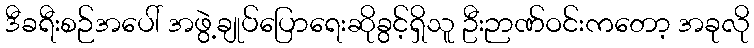
ဒီခရီးစဉ်အပေါ် အဖွဲ့ချုပ်ပြောရေးဆိုခွင့်ရှိသူ ဦးဉာဏ်ဝင်းကတော့ အခုလို